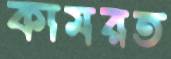
কামরত